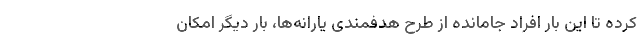
کرده تا این بار افراد جامانده از طرح هدفمندی یارانه‌ها، بار دیگر امکان